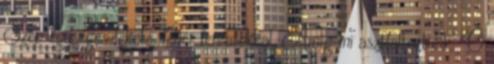
Szép egységes fekete, fehér feriratokkal. Amíg mi asztfaltoztunk, Õ